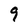
Character: 9